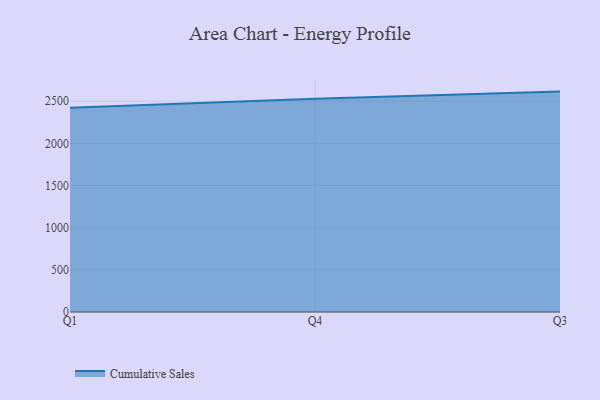
{"axis": {"x": "Quarter", "y": "Net Income (USD K)"}, "legend": ["Cumulative Sales"], "data": [{"x": "Q1", "y": 2422.6, "type": "Cumulative Sales"}, {"x": "Q4", "y": 2530.5, "type": "Cumulative Sales"}, {"x": "Q3", "y": 2613.9, "type": "Cumulative Sales"}]}